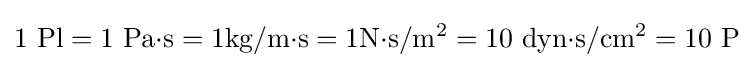
1\ {\text{Pl}}=1\ {\text{Pa}}{\cdot }{\text{s}}=1{\text{kg}}/{\text{m}}{\cdot }{\text{s}}=1{\text{N}}{\cdot }{\text{s}}/{\text{m}}^{2}=10\ {\text{dyn}}{\cdot }{\text{s}}/{\text{cm}}^{2}=10\ {\text{P}}